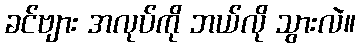
ခင်ဗျား အလုပ်ကို ဘယ်လို သွားလဲ။